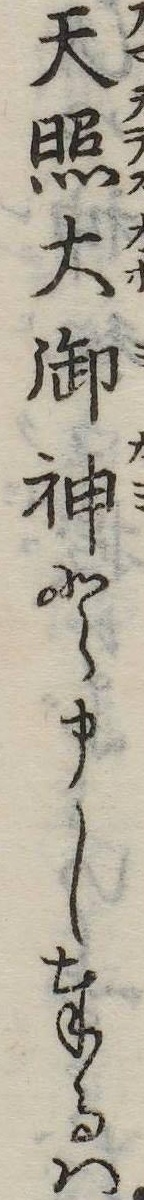
天照大御神と申し奉るは